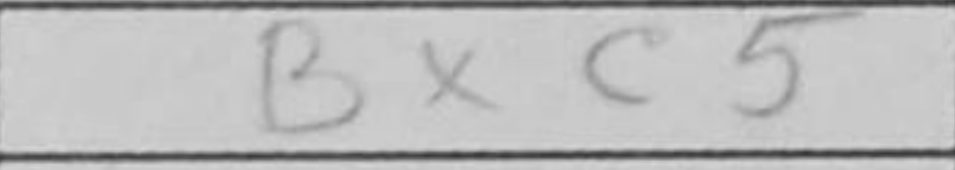
Transcription: Bxc5